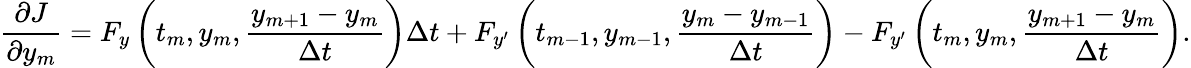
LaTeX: {\frac{\partial J}{\partial y_{m}}}=F_{y}\left(t_{m},y_{m},{\frac{y_{m+1}-y_{m}}{\Delta t}}\right)\Delta t+F_{y^{\prime}}\left(t_{m-1},y_{m-1},{\frac{y_{m}-y_{m-1}}{\Delta t}}\right)-F_{y^{\prime}}\left(t_{m},y_{m},{\frac{y_{m+1}-y_{m}}{\Delta t}}\right).